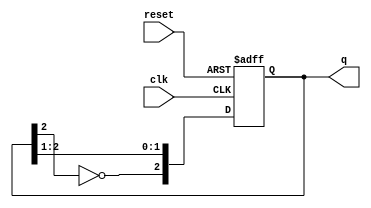
module JohnsonCounter #(
    parameter N = 3  // Parameter for the number of bits in the counter
)(
    input wire clk,       // Clock input
    input wire reset,     // Asynchronous reset input
    output reg [N-1:0] q  // Counter output
);

    // Internal signal to hold the inverted value of the last flip-flop
    wire inverted_last;

    // Inverter for the last flip-flop output
    assign inverted_last = ~q[N-1];

    // Sequential logic for the Johnson counter
    always @(posedge clk or posedge reset) begin
        if (reset) begin
            q <= {N{1'b0}}; // Reset the counter to 0
        end else begin
            // Shift logic according to Johnson counter rules
            q <= {inverted_last, q[N-1:1]};
        end
    end

endmodule